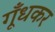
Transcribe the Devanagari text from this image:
गूँधकर